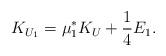
LaTeX: \begin{align*} K_{U_1} = \mu_1^* K_U + \frac{1}{4} E_1. \end{align*}